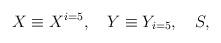
LaTeX: \begin{align*}X \equiv X^{i=5}, \quad Y \equiv Y_{i=5}, \quad S,\end{align*}